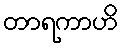
တာရကာဟိ